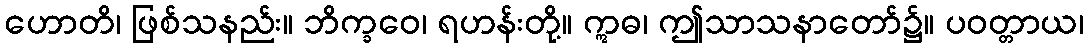
ဟောတိ၊ ဖြစ်သနည်း။ ဘိက္ခဝေ၊ ရဟန်းတို့။ ဣဓ၊ ဤသာသနာတော်၌။ ပဝတ္တာယ၊